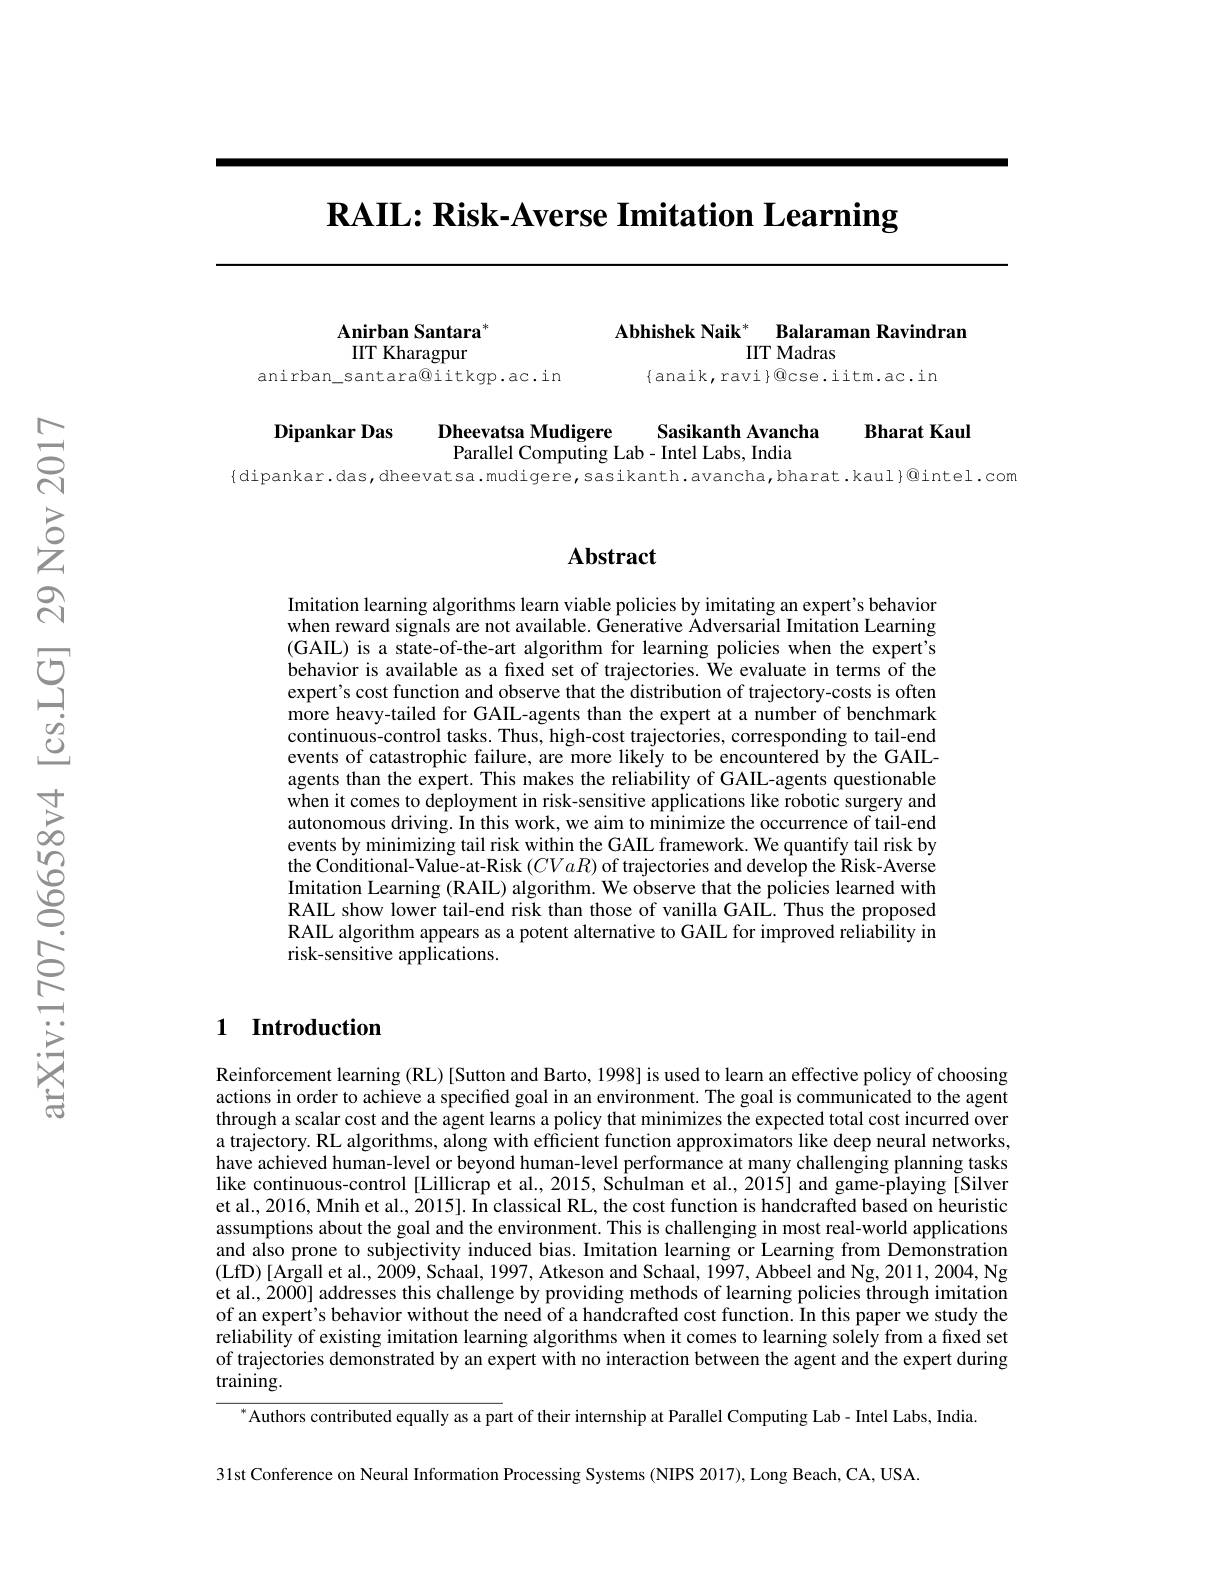
$\mathbf{RAIL:Risk-Averse~Imitation~Learning}$

Abhishek Naik$^*$ Balaraman Ravindran
IIT Madras

Anirban Santara" IIT Kharagpur
anirban\_santara@iitkgp.ac.in

$\{$anaik,ravi}@cse.iitm.ac.in

Bharat Kaul

Sasikanth Avancha

Dipankar Das

Dheevatsa Mudigere

Parallel Computing Lab- Intel Labs, India

$\{$dipankar.das,dheevatsa.mudigere,sasikanth.avancha,bharat.kaul}@intel.com

## Abstract

Imitation learning algorithms learn viable policies by imitating an expert's behavior when reward signals are not available. Generative Adversarial Imitation Learning (GAIL) is a state-of-the-art algorithm for learning policies when the expert's behavior is available as a fixed set of trajectories. We evaluate in terms of the expert's cost function and observe that the distribution of trajectory-costs is often more heavy-tailed for GAIL-agents than the expert at a number of benchmark continuous-control tasks. Thus, high-cost trajectories, corresponding to tail-end events of catastrophic failure, are more likely to be encountered by the GAILagents than the expert. This makes the reliability of GAIL-agents questionable when it comes to deployment in risk-sensitive applications like robotic surgery and autonomous driving. In this work, we aim to minimize the occurrence of tail-end events by minimizing tail risk within the GAIL framework. We quantify tail risk by the Conditional-Value-at-Risk $(CVaR)$ of trajectories and develop the Risk-Averse Imitation Learning (RAIL) algorithm. We observe that the policies learned with RAIL show lower tail-end risk than those of vanilla GAIL. Thus the proposed RAIL algorithm appears as a potent alternative to GAIL for improved reliability in risk-sensitive applications.

## 1 Introduction

Reinforcement learning (RL)[Sutton and Barto, 1998] is used to learn an effective policy of choosing actions in order to achieve a specified goal in an environment. The goal is communicated to the agent through a scalar cost and the agent learns a policy that minimizes the expected total cost incurred over a trajectory. RL algorithms, along with efficient function approximators like deep neural networks, have achieved human-level or beyond human-level performance at many challenging planning tasks like continuous-control [Lillicrap et al., 2015, Schulman et al., 2015] and game-playing [Silver et al., 2016, Mnih et al., 2015]. In classical RL, the cost function is handcrafted based on heuristic assumptions about the goal and the environment. This is challenging in most real-world applications and also prone to subjectivity induced bias. Imitation learning or Learning from Demonstration (LfD) [Argall et al., 2009, Schaal, 1997, Atkeson and Schaal, 1997, Abbeel and Ng, 2011, 2004, Ng et al., 2000] addresses this challenge by providing methods of learning policies through imitation of an expert's behavior without the need of a handcrafted cost function. In this paper we study the reliability of existing imitation learning algorithms when it comes to learning solely from a fixed set of trajectories demonstrated by an expert with no interaction between the agent and the expert during $\operatorname{training}.$

Authors contributed equally as a part of their internship at Parallel Computing Lab- Intel Labs, India

31st Conference on Neural Information Processing Systems (NIPS 2017), Long Beach, CA, USA.